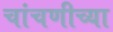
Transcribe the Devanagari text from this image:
चांचणीच्या